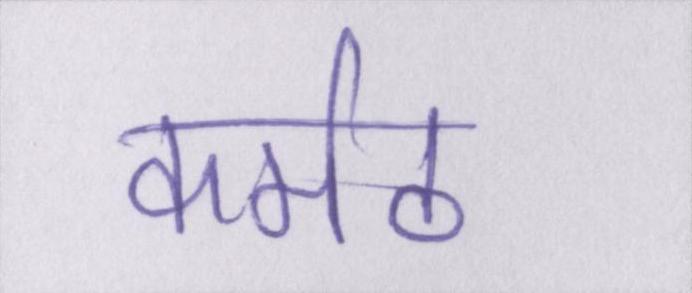
कर्मठ